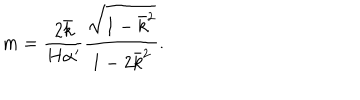
m = \frac { 2 \bar { k } } { H \alpha ^ { \prime } } \frac { \sqrt { 1 - \bar { k } ^ { 2 } } } { 1 - 2 \bar { k } ^ { 2 } } .